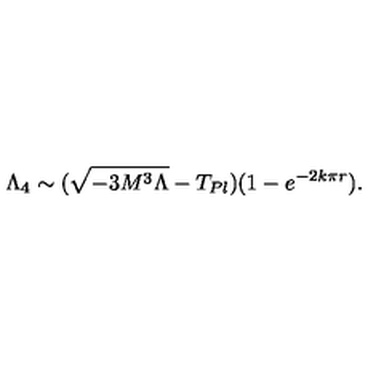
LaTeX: \Lambda _ { 4 } \sim ( \sqrt { - 3 M ^ { 3 } \Lambda } - T _ { P l } ) ( 1 - e ^ { - 2 k \pi r } ) .